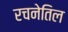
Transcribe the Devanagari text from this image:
रचनेतिल